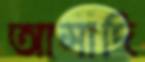
আসাদি